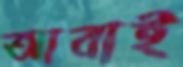
আবাই